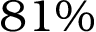
8 1 \%